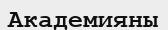
Академияны